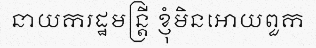
នាយករដ្ឋមន្ត្រី ខ្ញុំមិនអោយពួក